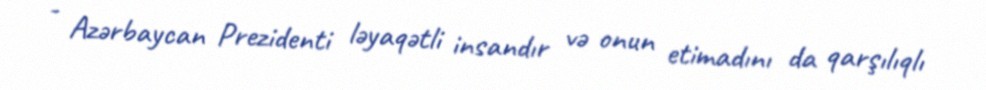
- Azərbaycan Prezidenti ləyaqətli insandır və onun etimadını da qarşılıqlı